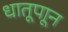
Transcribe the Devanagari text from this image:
धातूपाून